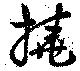
撓